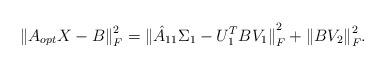
LaTeX: \begin{align*}{\|A_{opt}X-B\|}_F^2={\|\hat A_{11}\Sigma_1-U_1^TBV_1\|}_F^2 + {\|BV_2\|}_F^2.\end{align*}